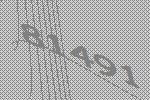
81491